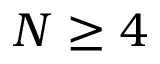
N \ge 4